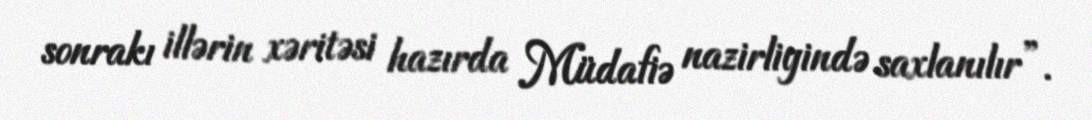
sonrakı illərin xəritəsi hazırda Müdafiə nazirliyində saxlanılır”.